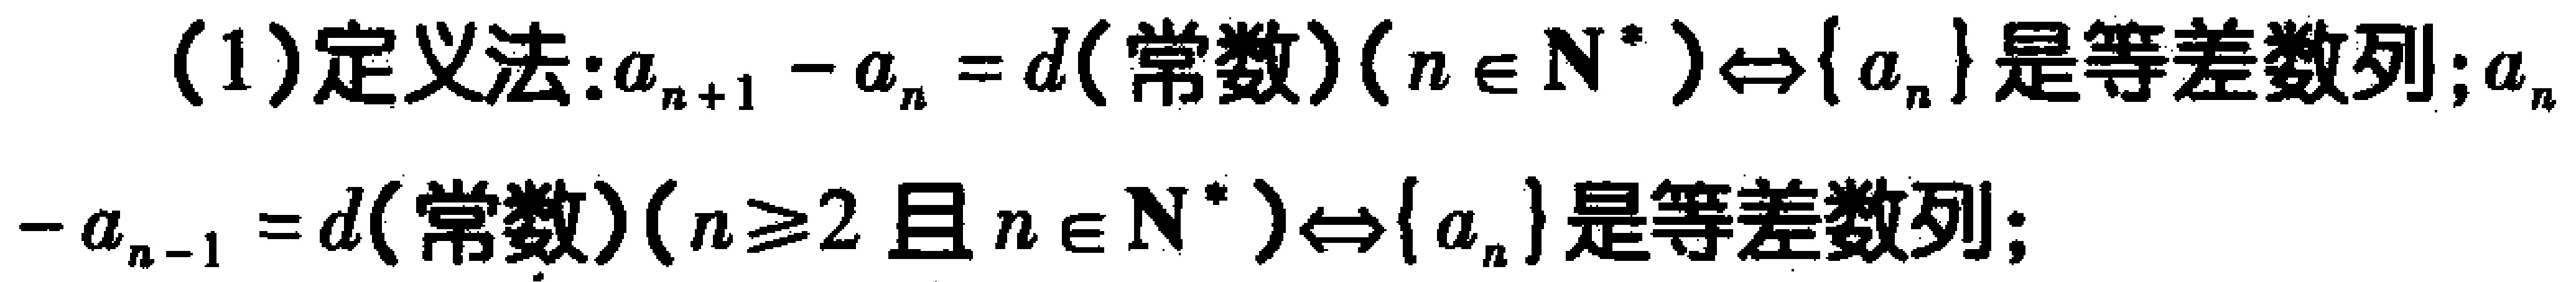
(1)定义法：$a_{n + 1} - a_{n} = d(\text{常数})(n\in \mathbf{N}^*)\Leftrightarrow \{ a_{n}\} \text{是等差数列};a_{n}-a_{n - 1} = d(\text{常数})(n\geqslant 2\text{ 且 }n\in \mathbf{N}^*)\Leftrightarrow \{ a_{n}\} \text{是等差数列};$